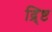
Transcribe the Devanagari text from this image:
द्र्ष्टि